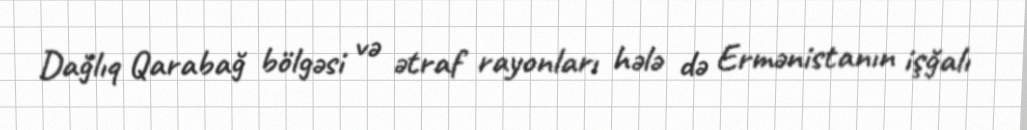
Dağlıq Qarabağ bölgəsi və ətraf rayonları hələ də Ermənistanın işğalı